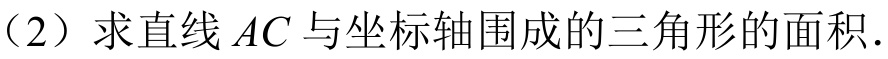
（2）求直线 \(AC\) 与坐标轴围成的三角形的面积．